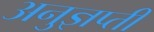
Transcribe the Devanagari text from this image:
अनुज्ञप्ती